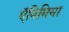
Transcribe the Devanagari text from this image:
ऍनिमिया